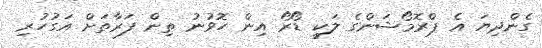
ގެންދިޔަ އެ ޕްރޮމޯޝަންގެ ލަކީ ޑޯރޯ އިން ހޮވުނު ތިން ފަރާތަށް އަގުހުރި